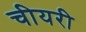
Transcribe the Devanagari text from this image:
चीयरी